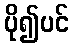
ပို၍ပင်